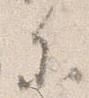
参